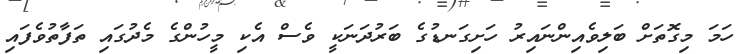
ހަމަ މިގޮތަށް ބަލިވެއިންނައިރު ހަށިގަނޑުގެ ބަރުދަނަކީ ވެސް އެކި މީހުންގެ މެދުގައި ތަފާތުވެފައި